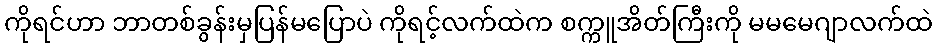
ကိုရင်ဟာ ဘာတစ်ခွန်းမှပြန်မပြောပဲ ကိုရင့်လက်ထဲက စက္ကူအိတ်ကြီးကို မမမေဂျာလက်ထဲ